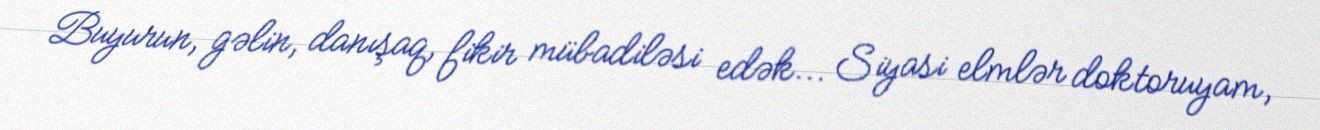
Buyurun, gəlin, danışaq, fikir mübadiləsi edək... Siyasi elmlər doktoruyam,